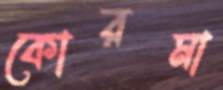
কোরমা